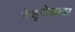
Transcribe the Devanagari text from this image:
देहूरोडला